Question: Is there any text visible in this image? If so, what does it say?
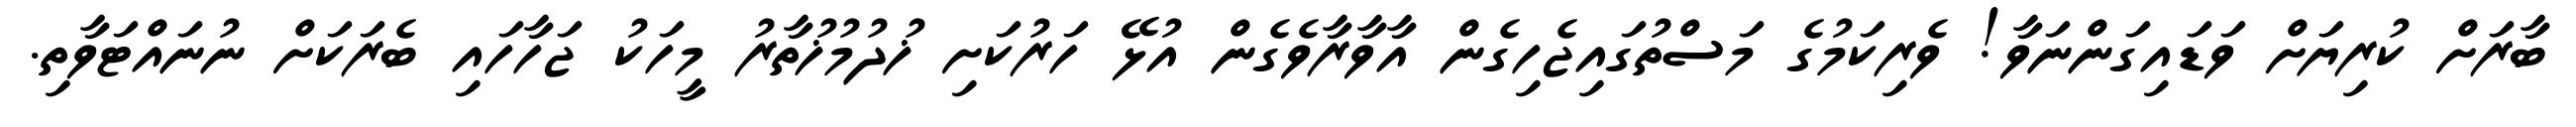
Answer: ބާރަށް ކުރިޔަށް ވަޑައިގަންނަވާ! ވެރިކަމުގެ މަސްތުގައިޖެހިގެން އާވާރާވެގެން އުޅޭ ހަރުކަށި ޚުދުމުޚުތާރު މީހަކު ޖަހާހައި ބެރަކަށް ނުނައްޓަވާތި.